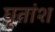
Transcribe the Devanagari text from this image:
घृतांश